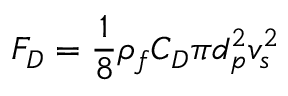
F _ { D } = \frac { 1 } { 8 } \rho _ { f } C _ { D } \pi d _ { p } ^ { 2 } v _ { s } ^ { 2 }